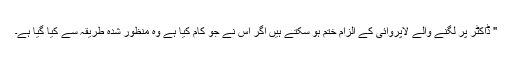
" ڈاکٹر پر لگنے والے لاپروائی کے الزام ختم ہو سکتے ہیں اَگر اُس نے جو کام کیا ہے وہ منظور شدہ طریقہ سے کیا گیا ہے۔